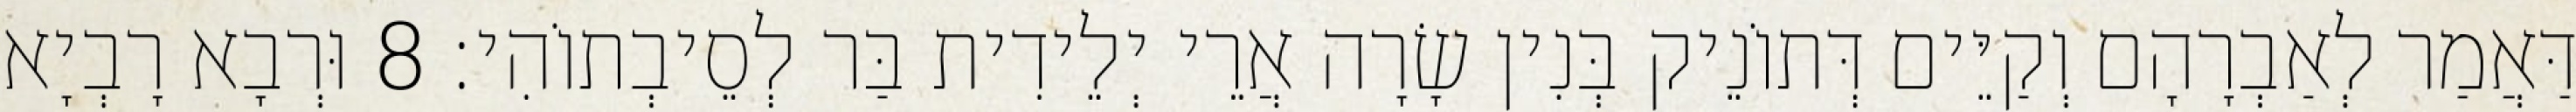
דַּאֲמַר לְאַבְרָהָם וְקַיֵּים דְּתוֹנֵיק בְּנִין שָׂרָה אֲרֵי יְלֵידִית בַּר לְסֵיבְתוֹהִי׃ 8 וּרְבָא רָבְיָא